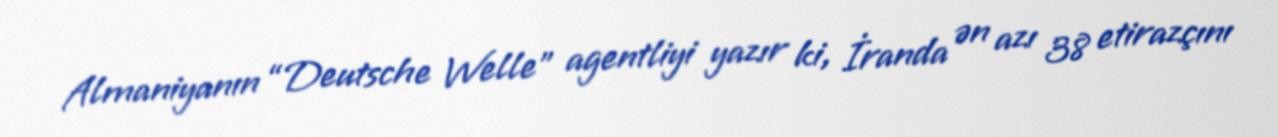
Almaniyanın “Deutsche Welle” agentliyi yazır ki, İranda ən azı 38 etirazçını